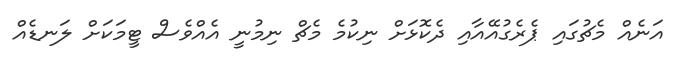
އަނެއް މެޗުގައި ޕެރެގުއޭއާއި ދެކޮޅަށް ނިކުމެ މެޗް ނިމުނީ އެއްވެސް ޓީމަކަށް ލަނޑެއް